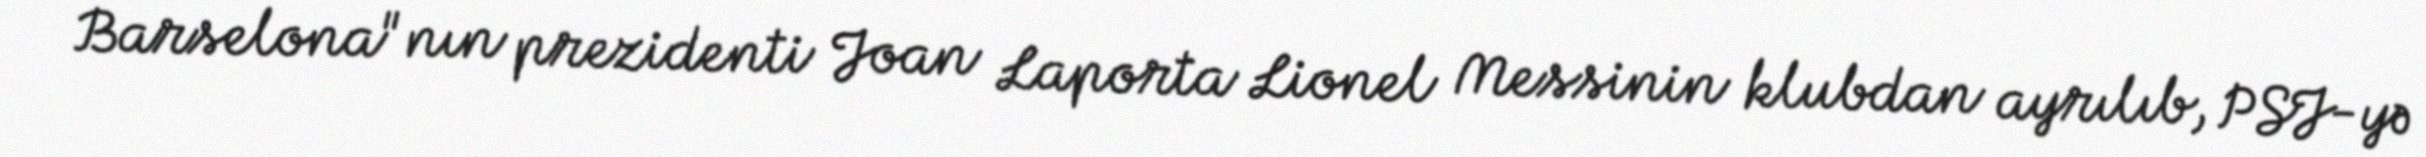
Barselona"nın prezidenti Joan Laporta Lionel Messinin klubdan ayrılıb, PSJ-yə